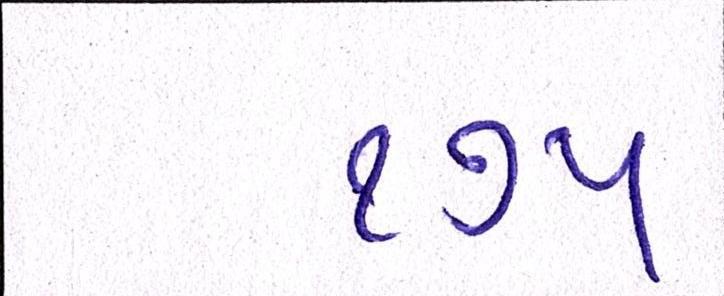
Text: ૧૭૫